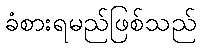
ခံစားရမည်ဖြစ်သည်